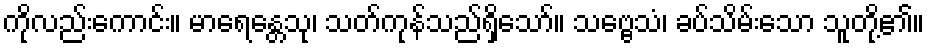
ကိုလည်းကောင်း။ မာရေန္တေသု၊ သတ်ကုန်သည်ရှိသော်။ သဗ္ဗေသံ၊ ခပ်သိမ်းသော သူတို့၏။